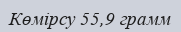
Көмірсу 55,9 грамм